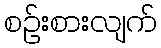
စဉ်းစားလျက်